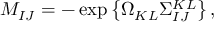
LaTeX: M _ { I J } = - \exp \left\{ \Omega _ { K L } \Sigma _ { I J } ^ { K L } \right\} ,